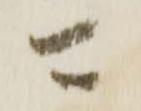
可